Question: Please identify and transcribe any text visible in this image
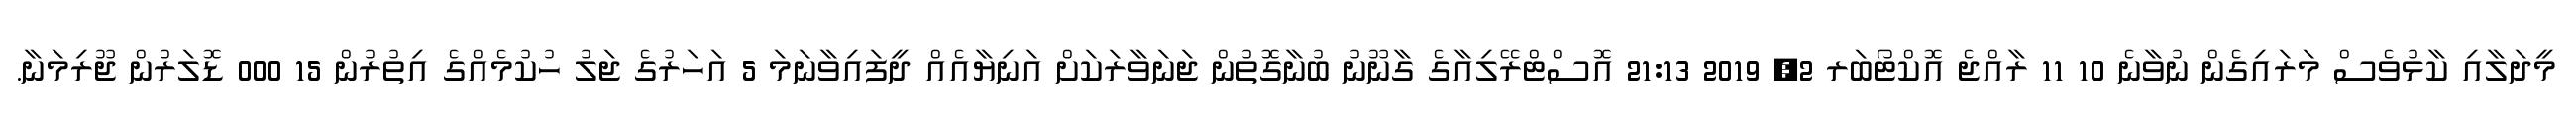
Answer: މީދަލާއި ކާޅުވެސް މަރައިގެން ނުވާނެ 10 11 ރާއްޖެ އޮކްޓޯބަރ 2, 2019 21:13 އޮސްޓްރޭލިއާގެ ގާނޫނު ބުނާގޮތުން ޖަނަވާރަކަށް އަނިޔާއެއް ދީފައިވާނަމަ 5 އަހަރުގެ ޖަލު ހުކުމެއްގެ އިތުރުން 15 000 ޑޮލަރުން ޖޫރިމަނާ.